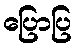
ပြောပြ